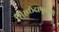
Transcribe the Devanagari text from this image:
शिरच्छेदापूर्वीची